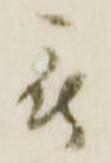
被